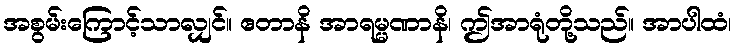
အစွမ်းကြောင့်သာလျှင်။ ဧတာနိ အာရမ္မဏာနိ၊ ဤအာရုံတို့သည်။ အာပါထံ၊